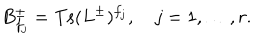
B _ { f _ { j } } ^ { \pm } = \mathrm { T s } ( L ^ { \pm } ) ^ { f _ { j } } , \quad j = 1 , \ldots , r .